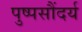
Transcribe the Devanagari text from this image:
पुष्पसौंदर्य